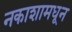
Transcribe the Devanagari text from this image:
नकाशामधून